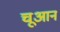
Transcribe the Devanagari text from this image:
चूआन